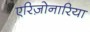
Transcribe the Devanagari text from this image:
एरिज़ोनारिया